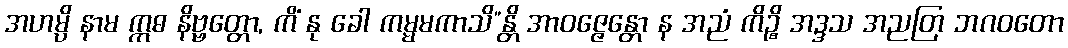
အဟမ္ပိ နာမ ဣဓ နိဗ္ဗတ္တော, ကိံ နု ခေါ ကမ္မမကာသိ”န္တိ အာဝဇ္ဇေန္တော န အညံ ကိဉ္စိ အဒ္ဒသ အညတြ ဘဂဝတော